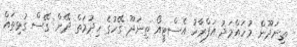
ތިނަދޫން މުހައްމަދު އަފްރާހު އެސްޓީއޯ ތިނަދޫ ގޭހުގެ ހިދުމަތް ދޭން ގޭސް ގުޅިތައް